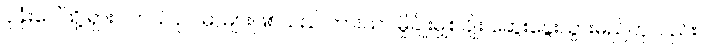
ပုခုံးပေါ်သို့ ရှားပါတယ် ဥပမာများဖြစ်သည် ကားသာ မှိုချိုးမျှစ်ချိုး ဆွေးနွေးသွားမည်ဟုလည်း